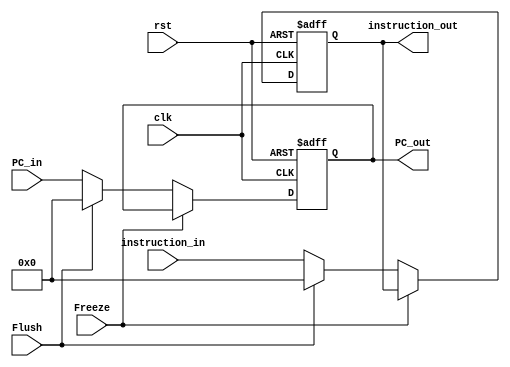
module IF_Stage_Reg
(
    input                        clk,
    input                        rst,
    input                        Freeze,
    input                        Flush,
    input      [31:0]            PC_in,
    input      [31:0]            instruction_in,

    output reg [31:0]            instruction_out,
    output reg [31:0]            PC_out
);

    always @(posedge clk, posedge rst) begin
        if(rst) begin
            instruction_out <= 0;
            PC_out <= 0;
        end
        else if(Freeze) begin
            instruction_out <= instruction_out;
            PC_out <= PC_out;
        end
        else if(Flush) begin
            instruction_out <= 0;
            PC_out <= 0;
        end
        else begin
            instruction_out <= instruction_in;
            PC_out <= PC_in;
        end

    end
 

endmodule